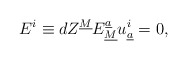
\begin{align*}E^i \equiv dZ^{\underline{M}} E^{\underline{a}}_{\underline{M}}u_{\underline{a}}^i = 0 ,\end{align*}